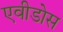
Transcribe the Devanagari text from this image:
एवीडोस